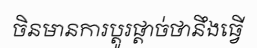
ចិនមានការប្តូរផ្តាច់ថានឹងធ្វើ